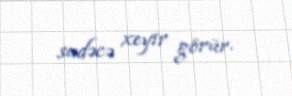
sadəcə xeyir görür.